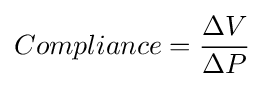
Compliance={\frac {\Delta V}{\Delta P}}